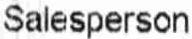
SALESPERSON